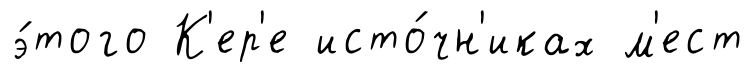
э́того К'ер'е исто́чн'иках м'ест